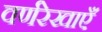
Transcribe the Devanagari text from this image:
वर्णरेखाएँ